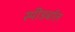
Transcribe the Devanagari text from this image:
स्पीडबॉल